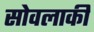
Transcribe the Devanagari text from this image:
सोवलाकी